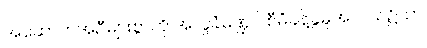
အဆောက်အဦများစွာကို အလှူခံမဏ္ဍပ် စီမံခန့်ခွဲမှုအလယ်၌သာ